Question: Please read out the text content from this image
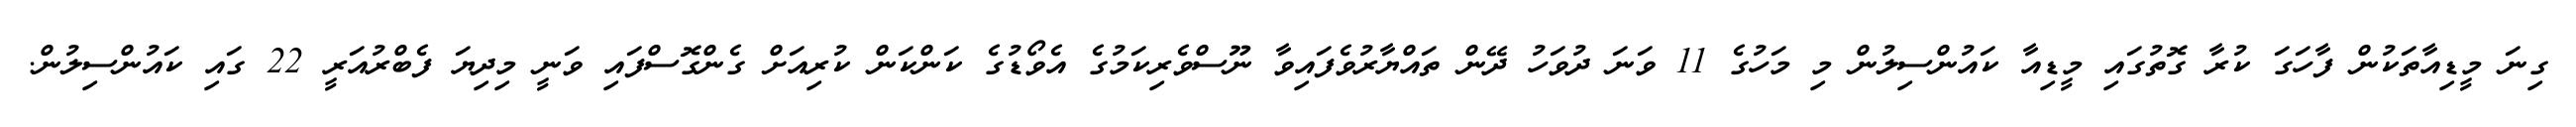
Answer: ގިނަ މީޑިއާތަކުން ފާހަގަ ކުރާ ގޮތުގައި މީޑިއާ ކައުންސިލުން މި މަހުގެ 11 ވަނަ ދުވަހު ދޭން ތައްޔާރުވެފައިވާ ނޫސްވެރިކަމުގެ އެވޯޑުގެ ކަންކަން ކުރިއަށް ގެންގޮސްފައި ވަނީ މިދިޔަ ފެބްރުއަރީ 22 ގައި ކައުންސިލުން.